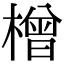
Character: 橧